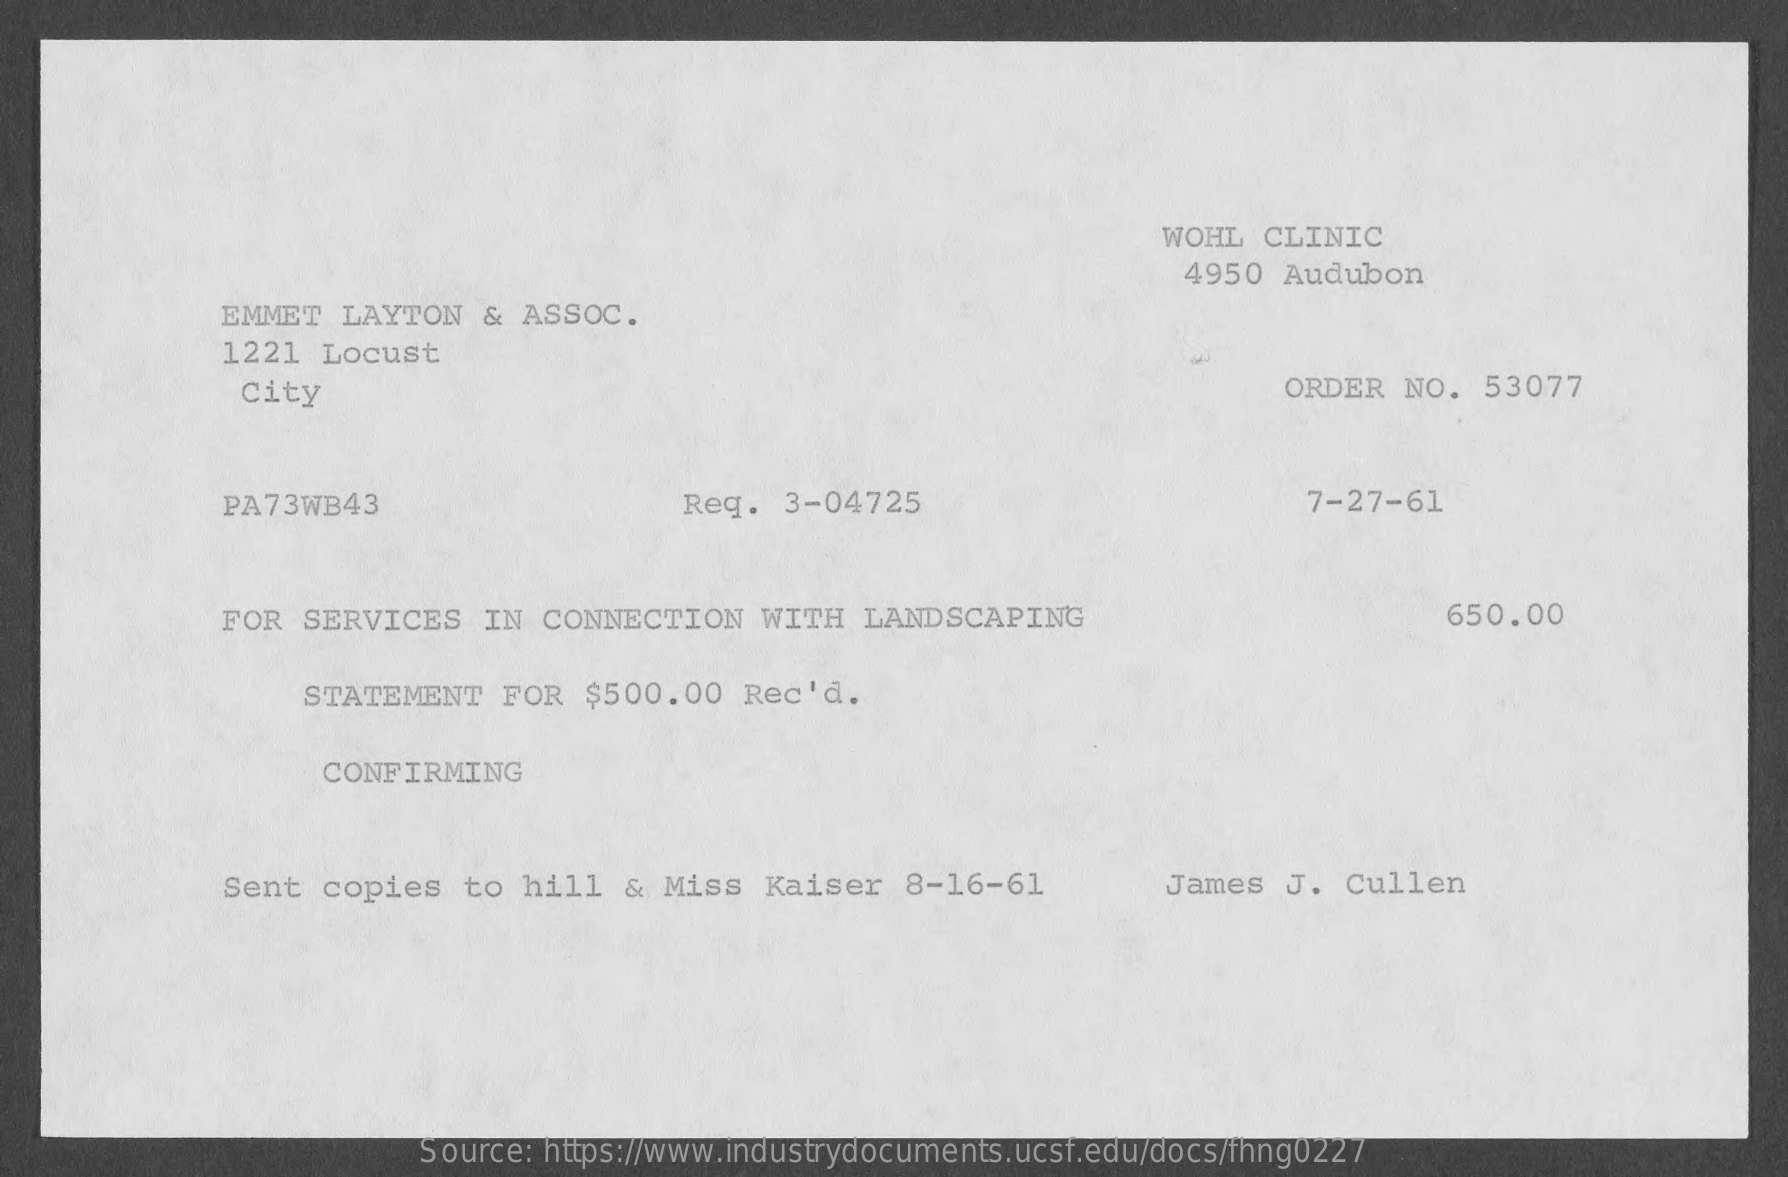
WOHL  CLINIC
     4950  Audubon
     EMMET  LAYTON   &  ASSOC.
     1221  Locust
     City    ORDER   NO.  53077
     PA73WB43    Req.  3-04725    7-27-61
     FOR  SERVICES   IN  CONNECTION    WITH  LANDSCAPING    650.00
     STATEMENT   FOR   $500.00   Rec'd.
     CONFIRMING
     Sent  copies   to  hill  & Miss   Kaiser   8-16-61    James  J.  Cullen
     Source: https://www.industrydocuments.ucsf.edu/docs/fhng0227